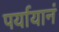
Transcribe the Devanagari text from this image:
पर्यायानं